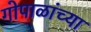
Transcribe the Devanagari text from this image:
गोपाळांच्या